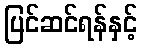
ပြင်ဆင်ရန်နှင့်